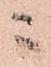
ニ